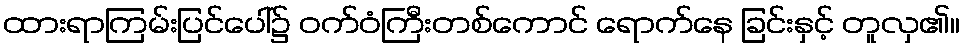
ထားရာကြမ်းပြင်ပေါ်၌ ဝက်ဝံကြီးတစ်ကောင် ရောက်နေ ခြင်းနှင့် တူလှ၏။